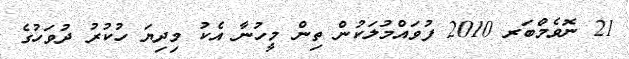
21 ނޮވެމްބަރ 2010 ފުވައްމުލަކުން ތިން މީހުނާ އެކު މިދިޔަ ހުކުރު ދުވަހުގެ